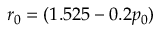
r _ { 0 } = ( 1 . 5 2 5 - 0 . 2 p _ { 0 } )